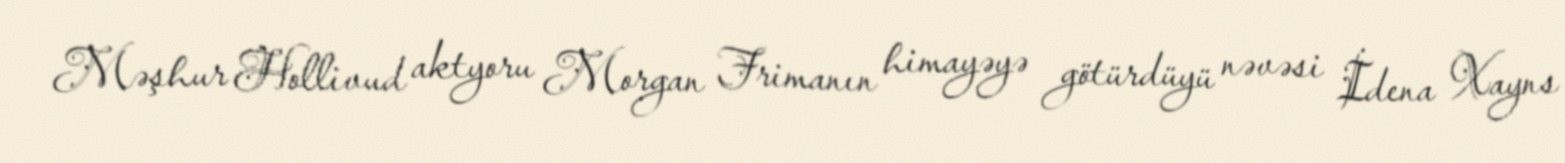
Məşhur Hollivud aktyoru Morgan Frimanın himayəyə götürdüyü nəvəsi İdena Xayns